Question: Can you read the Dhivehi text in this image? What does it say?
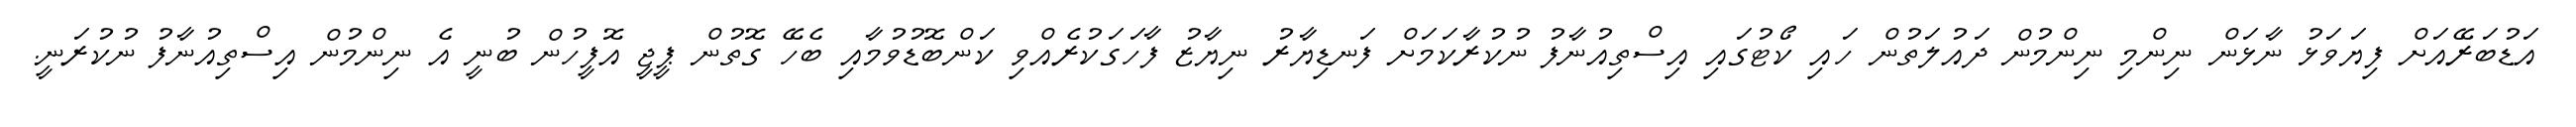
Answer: އަޑުބަރޭއަށް ފިޔަވަޅު ނާޅަން ނިންމި ނިންމުން ދައުލަތުން ހައި ކޯޓުގައި އިސްތިއުނާފު ނުކުރާކަމަށް ފަނޑިޔާރު ނިޔާޒު ފާހަގަކުރެއްވި ކަންބޮޑުވުމާއި ބެހޭ ގޮތުން ޕީޖީ އޮފީހުން ބުނީ އެ ނިންމުން އިސްތިއުނާފު ނުކުރަނީ.